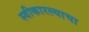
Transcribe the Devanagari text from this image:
स्वीकारल्याचा